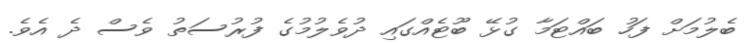
ބެލުމަށް ފަހު ބައްޓަމާ ގުޅޭ ބޫޓެއްގައި ދުވެލުމުގެ ފުރުސަތު ވެސް ދެ އެވެ.